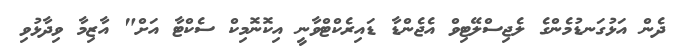
ދެން އަޅުގަނޑުމެންގެ ލެޖިސްލޭޓިވް އެޖެންޑާ ޑައިރެކްޓްވާނީ އިކޮނޮމިކް ސެކްޓާ އަށް" އާޒިމާ ވިދާޅުވި